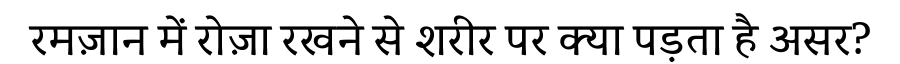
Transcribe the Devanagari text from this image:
रमज़ान में रोज़ा रखने से शरीर पर क्या पड़ता है असर?